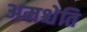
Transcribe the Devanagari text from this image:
अमश्चेति